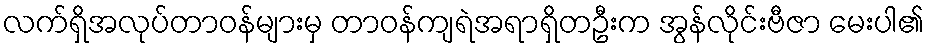
လက်ရှိအလုပ်တာဝန်များမှ တာဝန်ကျရဲအရာရှိတဦးက အွန်လိုင်းဗီဇာ မေးပါ၏